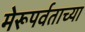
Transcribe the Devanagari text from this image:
मेरूपर्वताच्या